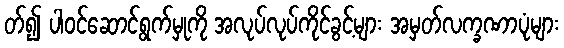
တ်၍ ပါဝင်ဆောင်ရွက်မှုကို အလုပ်လုပ်ကိုင်ခွင့်များ အမှတ်လက္ခဏာပုံများ